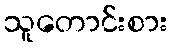
သူတောင်းစား